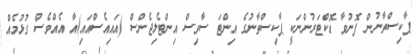
ޕާކިސްތާނުން ފޮނުވާ ޑޮކްޓަރުންނަކީ ޕާކިސްތާނުގެ އިންޓަ ސާވިސް އިންޓެލިޖެންސް (އައިއެސްއައި)އާ އެއްވެސް ގުޅުމެއް